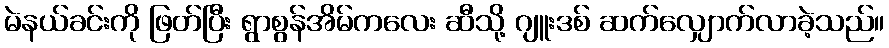
မဲနယ်ခင်းကို ဖြတ်ပြီး ရွာစွန်အိမ်ကလေး ဆီသို့ ဂျူးဒစ် ဆက်လျှောက်လာခဲ့သည်။